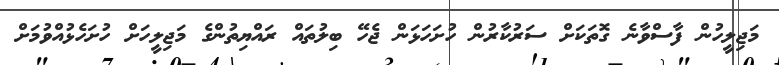
މަޖިލީހުން ފާސްވާނެ ގޮތަކަށް ސަރުކާރުން ހުށަހަޅަން ޖެހޭ ބިލުތައް ރައްޔިތުންގެ މަޖިލީހަށް ހުށަހެޅުއްވުމަށް